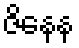
ဇိနေန